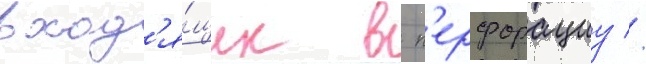
вход'я́щих в п'ерфорациу //